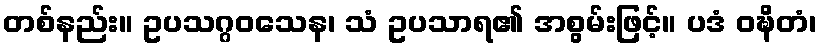
တစ်နည်း။ ဥပသဂ္ဂဝသေန၊ သံ ဥပသာရ၏ အစွမ်းဖြင့်။ ပဒံ ဝဍ္ဎိတံ၊